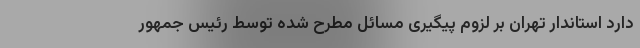
دارد استاندار تهران بر لزوم پیگیری مسائل مطرح شده توسط رئیس جمهور